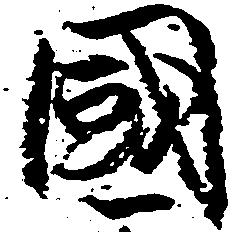
国